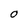
Character: 0